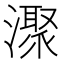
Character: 㵵